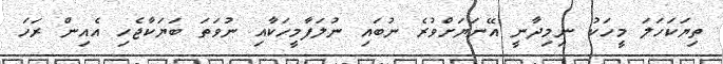
ތިޔަކަހަލަ މީހަކު ނިމިދާނީ އޭނަޔަށްވުރެ ނުބައި ނުލަފާމީހަކާއި ނުވަތަ ބަޔަކާޖެހި އެއިިން ރަހަ